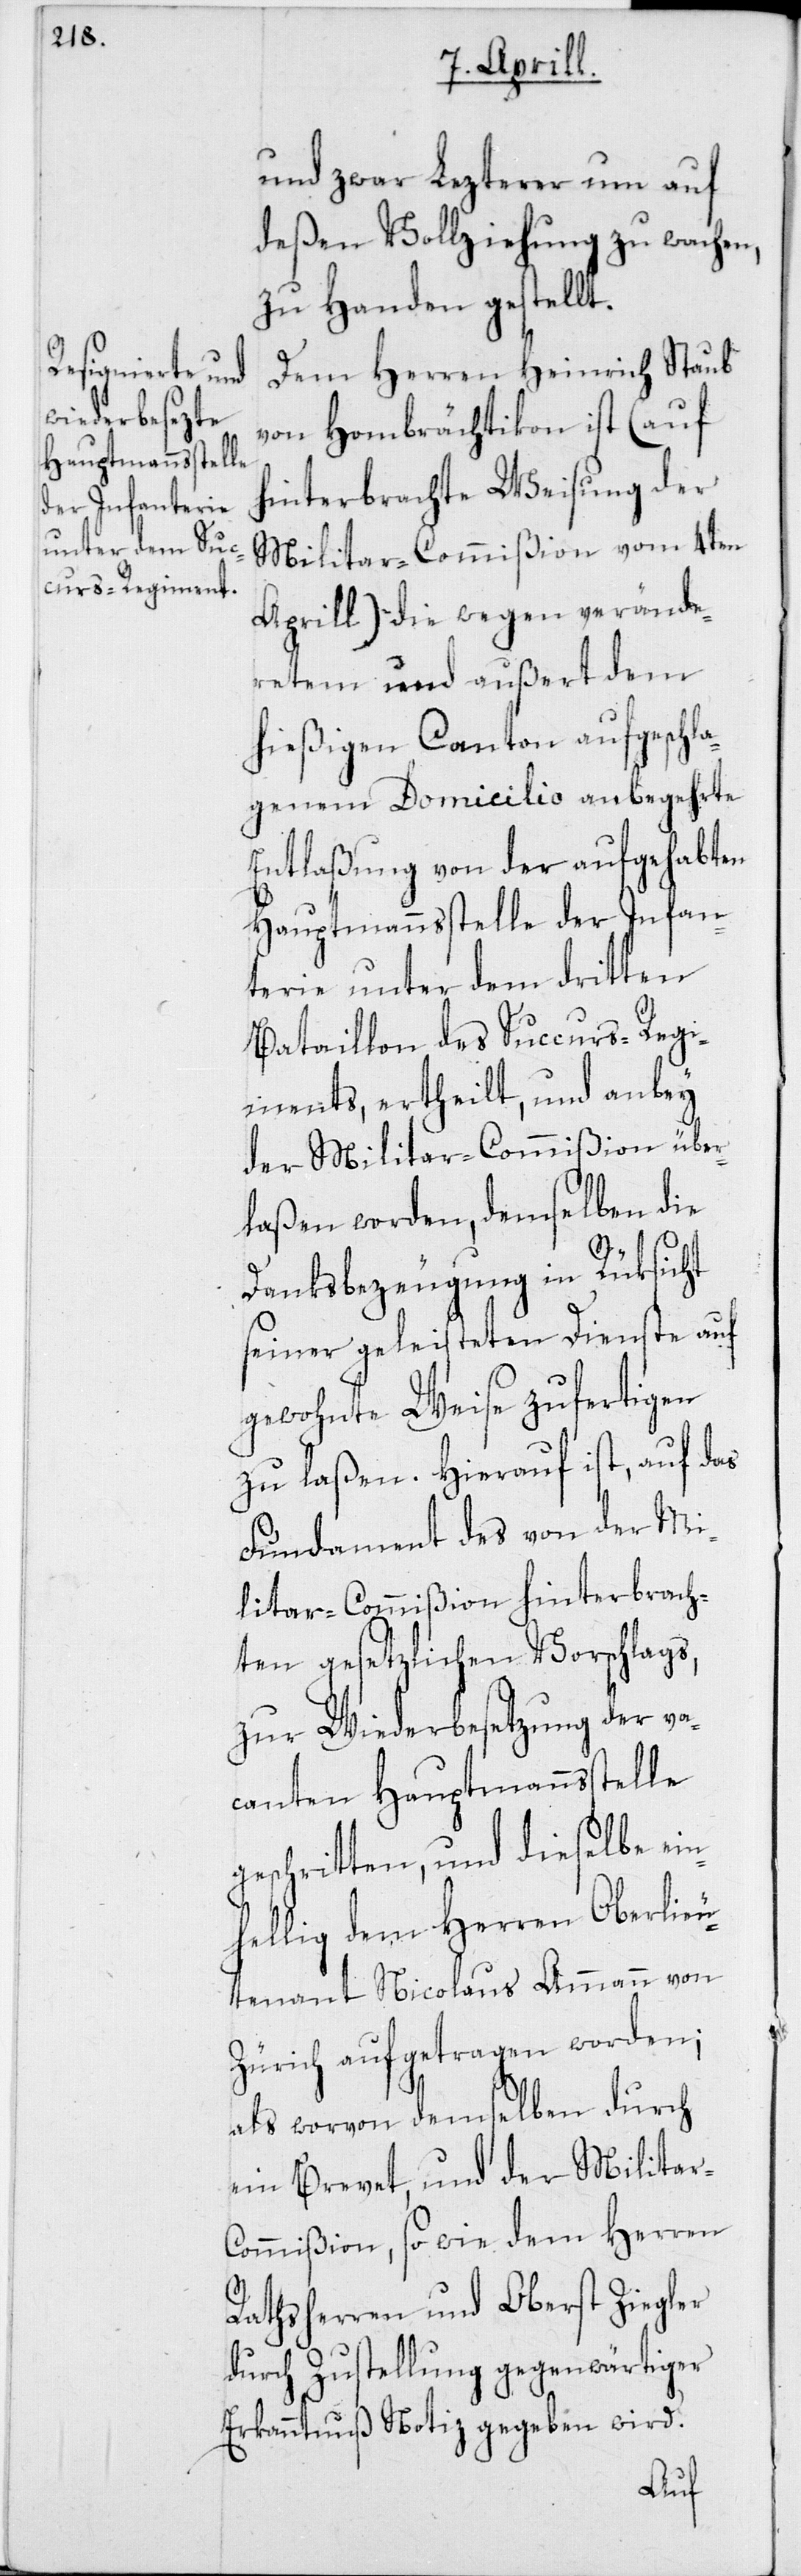
und zwar Lezterer um auf
deßen Vollziehung zu wachen,
zu Handen gestellt.
Dem Herren Heinrich Staub
von Hombrächtikon ist (auf
hinterbrachte Weisung der
Militar-Commißion vom 4ten
Aprill) die wegen verände¬
retem und außert dem
hießigen Canton aufgeschla¬
genen Domicilio anbegehrte
Entlaßung von der aufgehabten
Hauptmannsstelle der Infan¬
terie unter dem dritten
Bataillon des Succurs-Regi¬
ments, ertheilt, und anbey
der Militar-Commißion über¬
laßen worden, demselben die
Danksbezeugung in Rüksicht
seiner geleisteten Dienste auf
gewohnte Weise zufertigen
zu laßen. Hierauf ist, auf das
Fundament des von der Mi¬
litar-Commißion hinterbrach¬
ten gesetzlichen Vorschlags,
zur Wiederbesetzung der va¬
canten Hauptmannsstelle
geschritten, und dieselbe ein¬
hellig dem Herren Oberlieu¬
tenant Nicolaus Ammann von
Zürich aufgetragen worden;
als worvon demselben durch
ein Brevet, und der Militar-C¬
ommißion, so wie dem Herren
Rathsherren und Oberst Ziegler
durch Zustellung gegenwärtiger
Erkanntnuß Notiz gegeben wird.